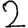
Digit: 2